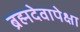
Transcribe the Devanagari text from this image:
ब्रह्मदेवापेक्षा